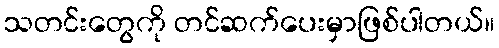
သတင်းတွေကို တင်ဆက်ပေးမှာဖြစ်ပါတယ်။